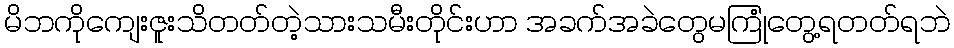
မိဘကိုကျေးဇူးသိတတ်တဲ့သားသမီးတိုင်းဟာ အခက်အခဲတွေမကြုံတွေ့ရတတ်ရဘဲ